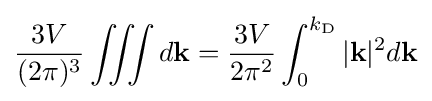
{\frac {3V}{(2\pi )^{3}}}\iiint d\mathbf {k} ={\frac {3V}{2\pi ^{2}}}\int _{0}^{k_{\rm {D}}}|\mathbf {k} |^{2}d\mathbf {k}